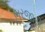
ભરજારી